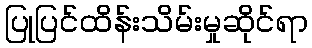
ပြုပြင်ထိန်းသိမ်းမှုဆိုင်ရာ